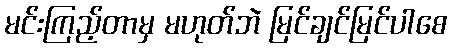
မင်းကြည့်တာမှ မဟုတ်ဘဲ မြင်ချင်မြင်ပါစေ